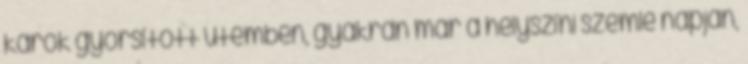
károk gyorsított ütemben, gyakran már a helyszíni szemle napján,